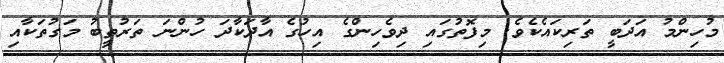
މުހިންމު އަދަބީ ތަރިކައެކެވެ. މިފޮތުގައި ދިވެހިންގެ އިހުގެ އާދަކާދަ ހުންނަ ތަރުތީބު މަގުތަކާއި